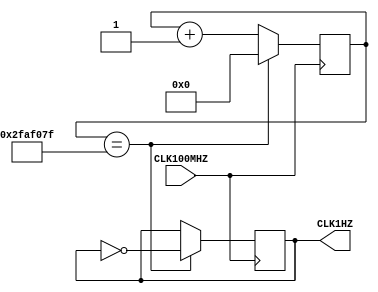
`timescale 1ns / 1ps

module sync_gen(
    input CLK100MHZ,
    output CLK1HZ
    );
    
    reg [25:0] counter_reg = 0;
    reg clk_out_reg = 0;
    
    // This circuit counts to 50 million incrementing the number by one 100 million times a second
    // This will lead to clk_out_reg changing its state once every 0.5 seconds (1 second for a full 0 to 1 to 0 cycle)
    
    always @(posedge CLK100MHZ) begin
        if(counter_reg == 49_999_999) begin     // during the simulation I've changed this to 49_999 and set the simulation time to 2ms
                                               // so that results are visible and The computer doesn't have to simulate 12 trillion ps
            counter_reg <= 0;
            clk_out_reg <= ~clk_out_reg;
        end
        else
            counter_reg <= counter_reg + 1;
    end
    
    assign CLK1HZ = clk_out_reg;
    
endmodule